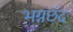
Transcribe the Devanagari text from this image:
भग्नछंद